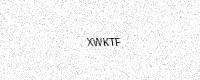
Text: XWKTF